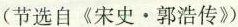
(节选自《宋史·郭浩传》)